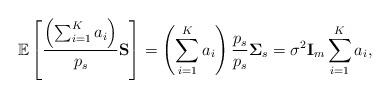
LaTeX: \begin{align*}\mathbb{E}\left[\frac{\left( \sum^K_{i=1} a_i \right)}{p_s} \mathbf{S}\right] = \left( \sum^K_{i=1} a_i \right) \frac{p_s}{p_s} \mathbf{\Sigma}_s= \sigma^2\mathbf{I}_m \sum^K_{i=1} a_i ,\end{align*}